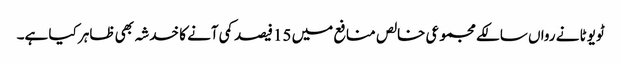
ٹویوٹا نے رواں سالکے مجموعی خالص منافع میں 15فیصد کمی آنے کا خدشہ بھی ظاہر کیا ہے۔